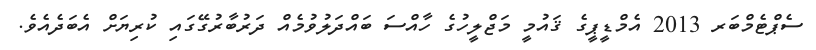
ސެޕްޓެމްބަރ 2013 އެމްޑީޕީގެ ޤައުމީ މަޖްލީހުގެ ހާއްސަ ބައްދަލުވުމެއް ދަރުބާރުގޭގައި ކުރިޔަށް އެބަދެއެވެ.